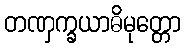
တဏှက္ခယာဓိမုတ္တော